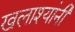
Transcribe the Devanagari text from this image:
खलाश्यांनी